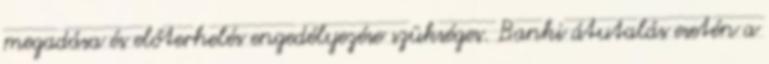
megadása és előterhelés engedélyezése szükséges. Banki átutalás esetén a